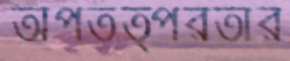
অপতত্পরতার